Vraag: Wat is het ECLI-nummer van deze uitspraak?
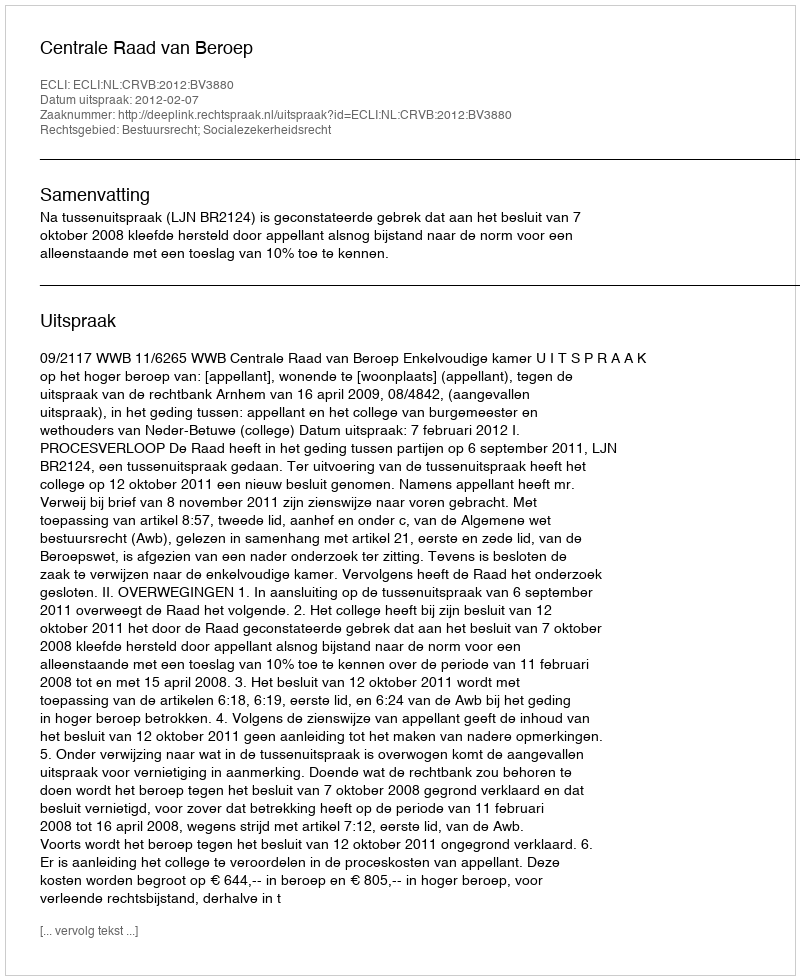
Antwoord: ECLI:NL:CRVB:2012:BV3880